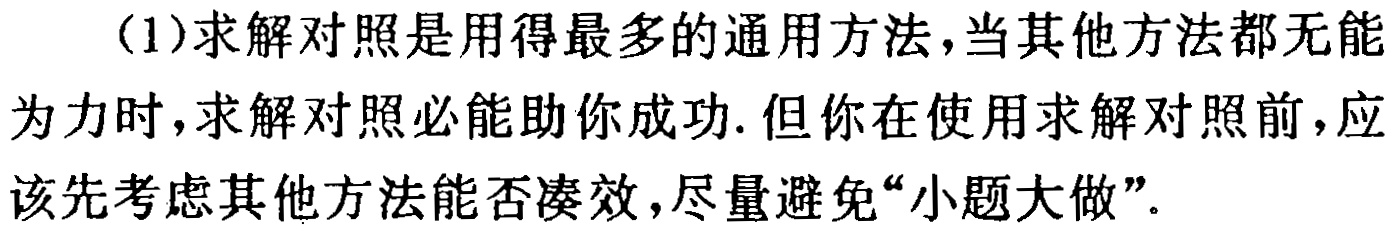
(1)求解对照是用得最多的通用方法，当其他方法都无能为力时，求解对照必能助你成功. 但你在使用求解对照前，应该先考虑其他方法能否凑效，尽量避免“小题大做”.